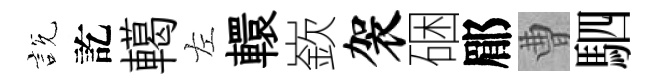
説訖轕左轘嶔袈硱郿曹駟